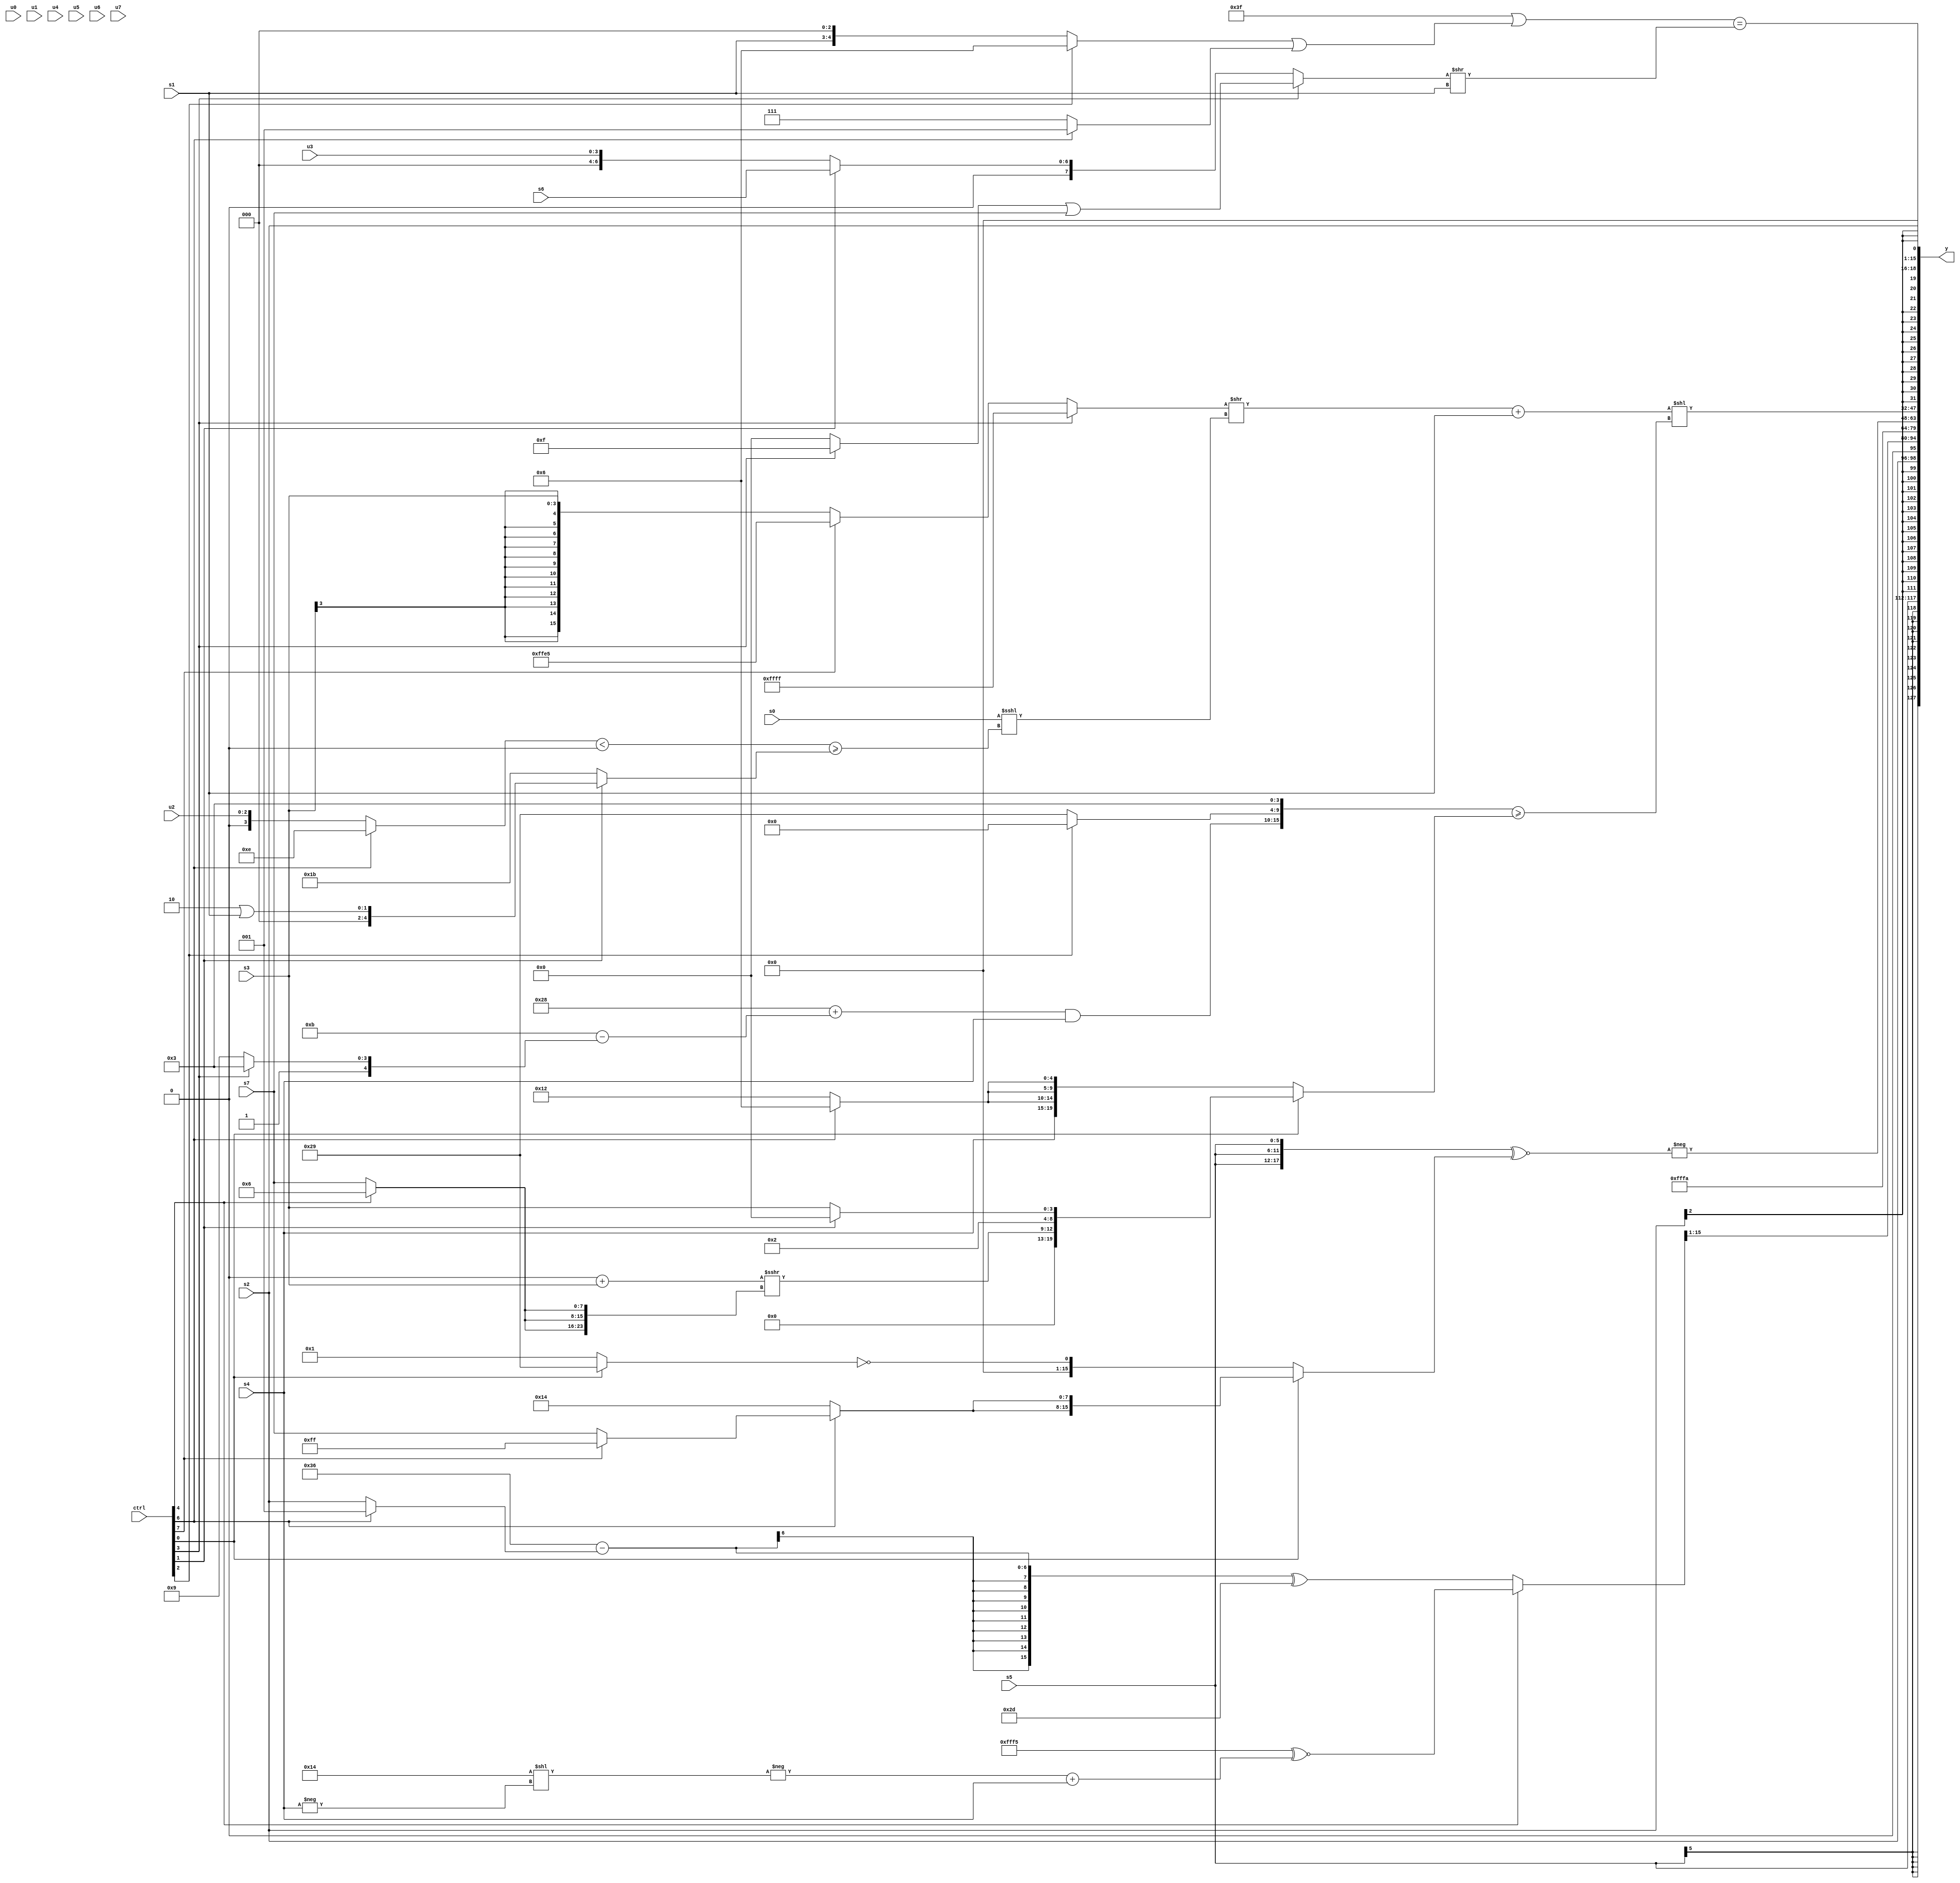
module wideexpr_00421(ctrl, u0, u1, u2, u3, u4, u5, u6, u7, s0, s1, s2, s3, s4, s5, s6, s7, y);
  input [7:0] ctrl;
  input [0:0] u0;
  input [1:0] u1;
  input [2:0] u2;
  input [3:0] u3;
  input [4:0] u4;
  input [5:0] u5;
  input [6:0] u6;
  input [7:0] u7;
  input signed [0:0] s0;
  input signed [1:0] s1;
  input signed [2:0] s2;
  input signed [3:0] s3;
  input signed [4:0] s4;
  input signed [5:0] s5;
  input signed [6:0] s6;
  input signed [7:0] s7;
  output [127:0] y;
  wire [15:0] y0;
  wire [15:0] y1;
  wire [15:0] y2;
  wire [15:0] y3;
  wire [15:0] y4;
  wire [15:0] y5;
  wire [15:0] y6;
  wire [15:0] y7;
  assign y = {y0,y1,y2,y3,y4,y5,y6,y7};
  assign y0 = $signed(s5);
  assign y1 = s2;
  assign y2 = ((ctrl[4]?((-(4'b1100))+(1'sb1))^~((-(((3'sb101)<<(2'b10))<<(-(s4))))+(s4)):((6'sb110110)-((ctrl[6]?1'sb1:s2)))^(6'sb101101)))>>>((4'b1100)<=({3{4'sb1101}}));
  assign y3 = 4'sb1010;
  assign y4 = -(({3{s5}})^~((ctrl[0]?{2{(ctrl[6]?(ctrl[7]?1'sb1:s7):(ctrl[6]?4'sb0111:6'sb010100))}}:!((ctrl[0]?-(6'sb010111):-(2'sb11))))));
  assign y5 = ((((ctrl[3]?+((3'sb111)>>>((3'sb101)+(6'sb101111))):(ctrl[7]?+(6'sb100101):s3)))>>((s0)<<<((((ctrl[6]?4'sb1110:u2))<((4'b0000)<<<(5'sb11111)))>=((ctrl[1]?(2'b10)|(s1):6'b011011)))))+(s1))<<(({((6'sb101000)+((5'sb11011)-((ctrl[3]?5'sb10011:4'sb1001))))&(s4),$signed((ctrl[2]?(+(3'sb000))<<(3'sb110):6'sb101001)),4'sb0011})>=((ctrl[0]?{((~|(5'b11000))+(s3))>>>({3{(ctrl[4]?4'sb0110:s7)}}),5'sb00010,(ctrl[1]?$signed((3'b001)<(2'sb00)):s3)}:{s4,{3{((ctrl[6]?4'sb0110:5'sb10010))<<<(2'b00)}}})));
  assign y6 = s2;
  assign y7 = $unsigned(((+((+(6'sb101011))^($signed(5'sb10100))))|(((ctrl[2]?4'sb0110:(s1)<<<(4'sb0011)))|((ctrl[6]?1'sb1:$signed(3'sb111)))))==(((ctrl[3]?((ctrl[3]?4'sb1111:2'sb00))|(s7):+((ctrl[1]?s6:u3))))>>($signed(s1))));
endmodule